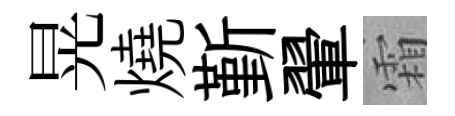
晃燒斳翬霜